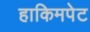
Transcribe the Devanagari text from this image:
हाकिमपेट